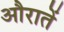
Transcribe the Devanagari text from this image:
औरातें